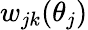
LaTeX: w_{jk}(\theta_{j})